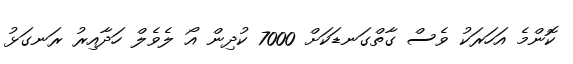
ކޮންމެ އަހަރަކު ވެސް ގާތްގަނޑަކަށް 7000 ކުދިން އޯ ލެވެލް ހަދާއިރު ރަނގަޅު